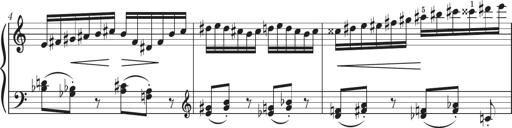
Title: Sonatine in 3 SÃ¤tzen
Composer: Gertrud Schweizer